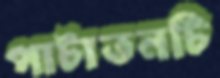
পাটাতনটি